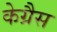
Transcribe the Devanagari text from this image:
केग्रैस